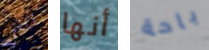
تكفي أنها باحة